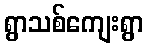
ရွာသစ်ကျေးရွာ